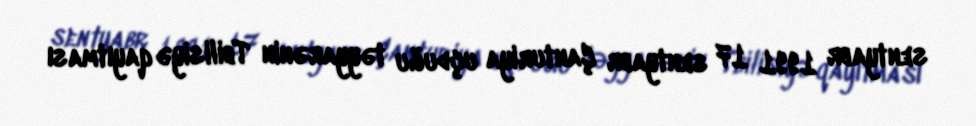
sentyabr 1991 17 sentyabr Çanturiya uçduğu təyyarənin Tbilisiyə qayıtması